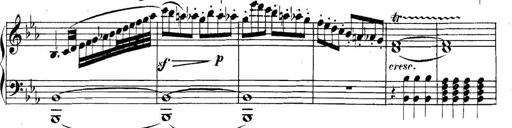
Title: Collected Piano Sonatas
Composer: Muzio Clementi